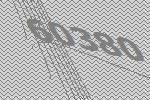
60380